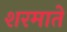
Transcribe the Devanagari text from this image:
शरमाते